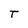
Character: T